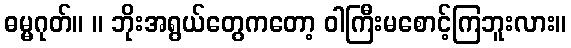
ဓမ္မဂုတ်။ ။ ဘိုးအရွယ်တွေကတော့ ဝါကြီးမစောင့်ကြဘူးလား။